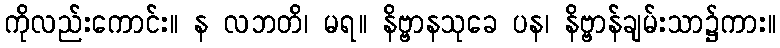
ကိုလည်းကောင်း။ န လဘတိ၊ မရ။ နိဗ္ဗာနသုခေ ပန၊ နိဗ္ဗာန်ချမ်းသာ၌ကား။